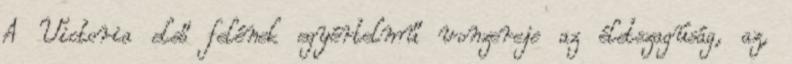
A Victoria első felének egyértelmű vonzereje az életszagúság, az,